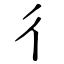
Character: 彳